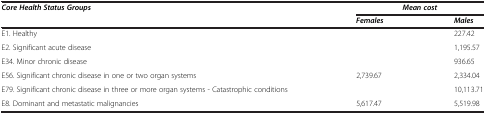
<table><thead><tr><td><b><i>Core Health Status Groups</i></b></td><td colspan="2"><b><i>Mean cost</i></b></td></tr><tr><td>[EMPTY_CELL]</td><td><b><i>Females</i></b></td><td><b><i>Males</i></b></td></tr></thead><tbody><tr><td>E1. Healthy</td><td>[EMPTY_CELL]</td><td>227.42</td></tr><tr><td>E2. Significant acute disease</td><td>[EMPTY_CELL]</td><td>1,195.57</td></tr><tr><td>E34. Minor chronic disease</td><td>[EMPTY_CELL]</td><td>936.65</td></tr><tr><td>E56. Significant chronic disease in one or two organ systems</td><td>2,739.67</td><td>2,334.04</td></tr><tr><td>E79. Significant chronic disease in three or more organ systems - Catastrophic conditions</td><td>[EMPTY_CELL]</td><td>10,113.71</td></tr><tr><td>E8. Dominant and metastatic malignancies</td><td>5,617.47</td><td>5,519.98</td></tr></tbody></table>